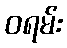
ဝရမ်း